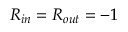
R _ { i n } = R _ { o u t } = - 1